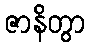
ဇာနိတွာ